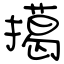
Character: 擖